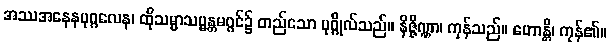
အဿအနေနပုဂ္ဂလေန၊ ထိုသမ္မာသမ္မန္တမဂ္ဂင်၌ တည်သော ပုဂ္ဂိုလ်သည်။ နိဇ္ဇိဏ္ဏာ၊ ကုန်သည်။ ဟောန္တိ၊ ကုန်၏။